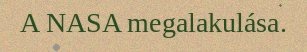
A NASA megalakulása.